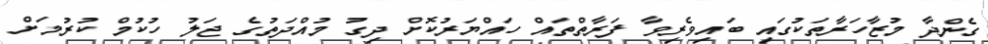
ގެންދާ މުޒާހަރާތަކުގައި ބައިވެރިވާ ފަރާތްތައް ހައްޔަރުކޮށް ދިގު މުއްދަތުގެ ޖަލު ހުކުމް ކުރުމަށް